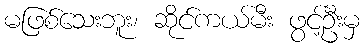
မဖြစ်သေးဘူး၊ ဆိုင်ကယ်မီး ဖွင့်ဦးမှ